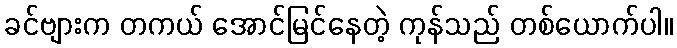
ခင်ဗျားက တကယ် အောင်မြင်နေတဲ့ ကုန်သည် တစ်ယောက်ပါ။